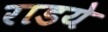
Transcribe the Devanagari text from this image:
राडये